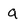
Character: a